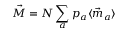
\vec { M } = N \sum _ { a } p _ { a } \langle \vec { m } _ { a } \rangle